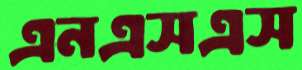
এনএসএস